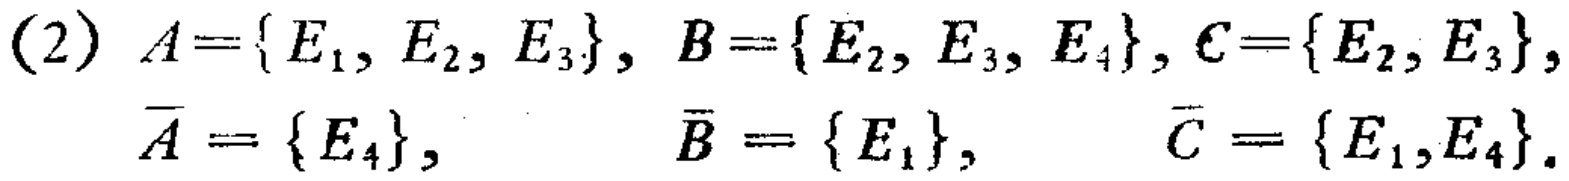
(2) \(A = \{ E_1, E_2, E_3\}, B=\{E_2, E_3, E_4\}, C = \{E_2, E_3\},\)

\(\overline{A}=\{E_4\}, \overline{B}=\{E_1\}, \overline{C}=\{E_1, E_4\}.\)